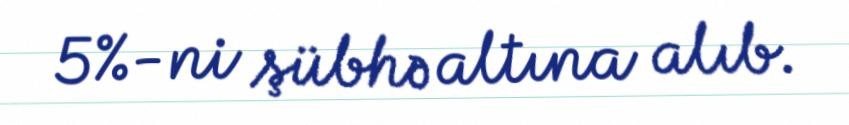
5%-ni şübhə altına alıb.